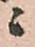
ニ